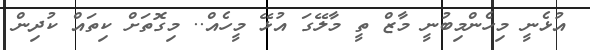
އުޅެނީ މިހެންމިބުނީ މާޒް ތީ މާލޭގަ އުޅޭ މީހެއް.. މިގޮތަށް ކިތައް ކުދިން